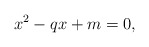
\begin{align*}x^{2}-qx+m=0, \end{align*}